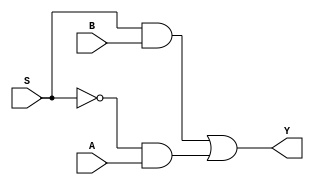
// Copyright (C) 1991-2015 Altera Corporation. All rights reserved.
// Your use of Altera Corporation's design tools, logic functions 
// and other software and tools, and its AMPP partner logic 
// functions, and any output files from any of the foregoing 
// (including device programming or simulation files), and any 
// associated documentation or information are expressly subject 
// to the terms and conditions of the Altera Program License 
// Subscription Agreement, the Altera Quartus II License Agreement,
// the Altera MegaCore Function License Agreement, or other 
// applicable license agreement, including, without limitation, 
// that your use is for the sole purpose of programming logic 
// devices manufactured by Altera and sold by Altera or its 
// authorized distributors.  Please refer to the applicable 
// agreement for further details.

// PROGRAM		"Quartus II 64-Bit"
// VERSION		"Version 15.0.0 Build 145 04/22/2015 SJ Web Edition"
// CREATED		"Tue Oct  3 08:15:08 2017"

module MUX2(
	A,
	B,
	S,
	Y
);


input wire	A;
input wire	B;
input wire	S;
output wire	Y;

wire	SYNTHESIZED_WIRE_0;
wire	SYNTHESIZED_WIRE_1;
wire	SYNTHESIZED_WIRE_2;




assign	SYNTHESIZED_WIRE_2 = SYNTHESIZED_WIRE_0 & A;

assign	SYNTHESIZED_WIRE_0 =  ~S;

assign	SYNTHESIZED_WIRE_1 = S & B;

assign	Y = SYNTHESIZED_WIRE_1 | SYNTHESIZED_WIRE_2;


endmodule